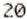
20